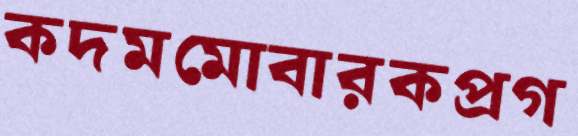
কদমমোবারকপ্রগ